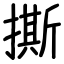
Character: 撕